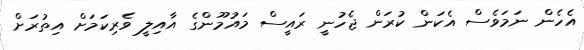
އެހެން ނަމަވެސް އެކަން ކުރަން ޖެހުނީ ރައީސް މައުމޫންގެ އާއިލީ ވެރިކަމަށް އިތުރަށް